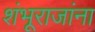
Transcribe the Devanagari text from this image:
शंभूराजांना